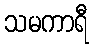
သမကာရီ